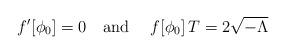
LaTeX: \begin{align*}f'[\phi_0]=0 \ \ \ \mbox{and } \ \ \ f[\phi_0]\, T = 2 \sqrt{-\Lambda}\end{align*}